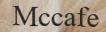
Mccafe